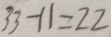
3 3 - 1 1 = 2 2